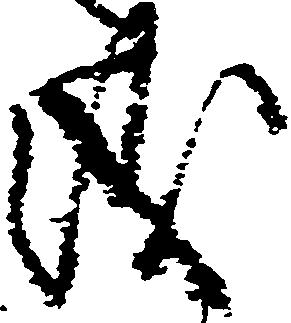
儀